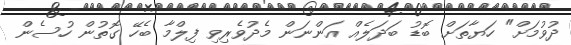
ދުވުމަށް" ހަޔާތަށް ބޮޑު ބަދަލެއް އަންނަން މެދުވެރިވި ފިލްމާ ބެހޭ ގޮތުން ހުސެން